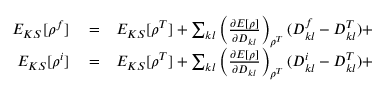
\begin{array} { r l r } { E _ { K S } [ \rho ^ { f } ] } & { { } = } & { E _ { K S } [ \rho ^ { T } ] + \sum _ { k l } \left( \frac { \partial E [ \rho ] } { \partial D _ { k l } } \right) _ { \rho ^ { T } } ( D _ { k l } ^ { f } - D _ { k l } ^ { T } ) + } \\ { E _ { K S } [ \rho ^ { i } ] } & { { } = } & { E _ { K S } [ \rho ^ { T } ] + \sum _ { k l } \left( \frac { \partial E [ \rho ] } { \partial D _ { k l } } \right) _ { \rho ^ { T } } ( D _ { k l } ^ { i } - D _ { k l } ^ { T } ) + } \end{array}